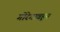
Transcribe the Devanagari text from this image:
गोरेगावहून